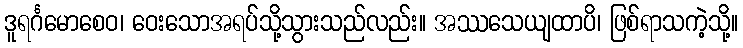
ဒူရင်္ဂမောစေဝ၊ ဝေးသောအရပ်သို့သွားသည်လည်း။ အဿသေယျထာပိ၊ ဖြစ်ရာသကဲ့သို့။